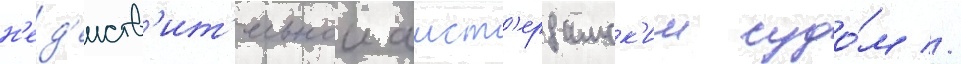
н'ед'еиств'ит'ельнои амст'ердамск'им судо́м //